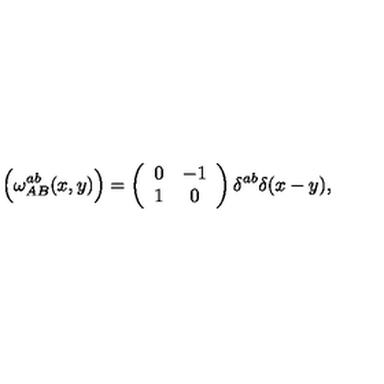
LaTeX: \Bigl ( \omega _ { A B } ^ { a b } ( x , y ) \Bigr ) = \left( \begin{array} { c c } { 0 } & { - 1 } \\ { 1 } & { 0 } \\ \end{array} \right) \delta ^ { a b } \delta ( x - y ) ,